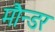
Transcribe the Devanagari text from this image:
मौन्डर